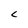
Character: L